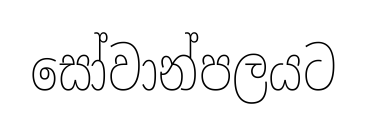
සෝවාන්පලයට